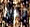
لها